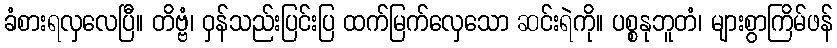
ခံစားရလှလေပြီ။ တိဗ္ဗံ၊ ဝှန်သည်းပြင်းပြ ထက်မြက်လှေသော ဆင်းရဲကို။ ပစ္စနုဘူတံ၊ များစွာကြိမ်ဖန်